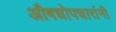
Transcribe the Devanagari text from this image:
औषधोपचारांनी